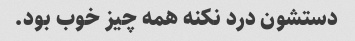
دستشون درد نکنه همه چیز خوب بود.